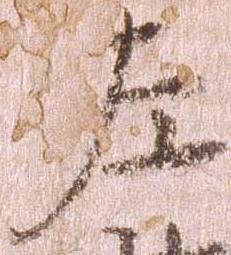
左